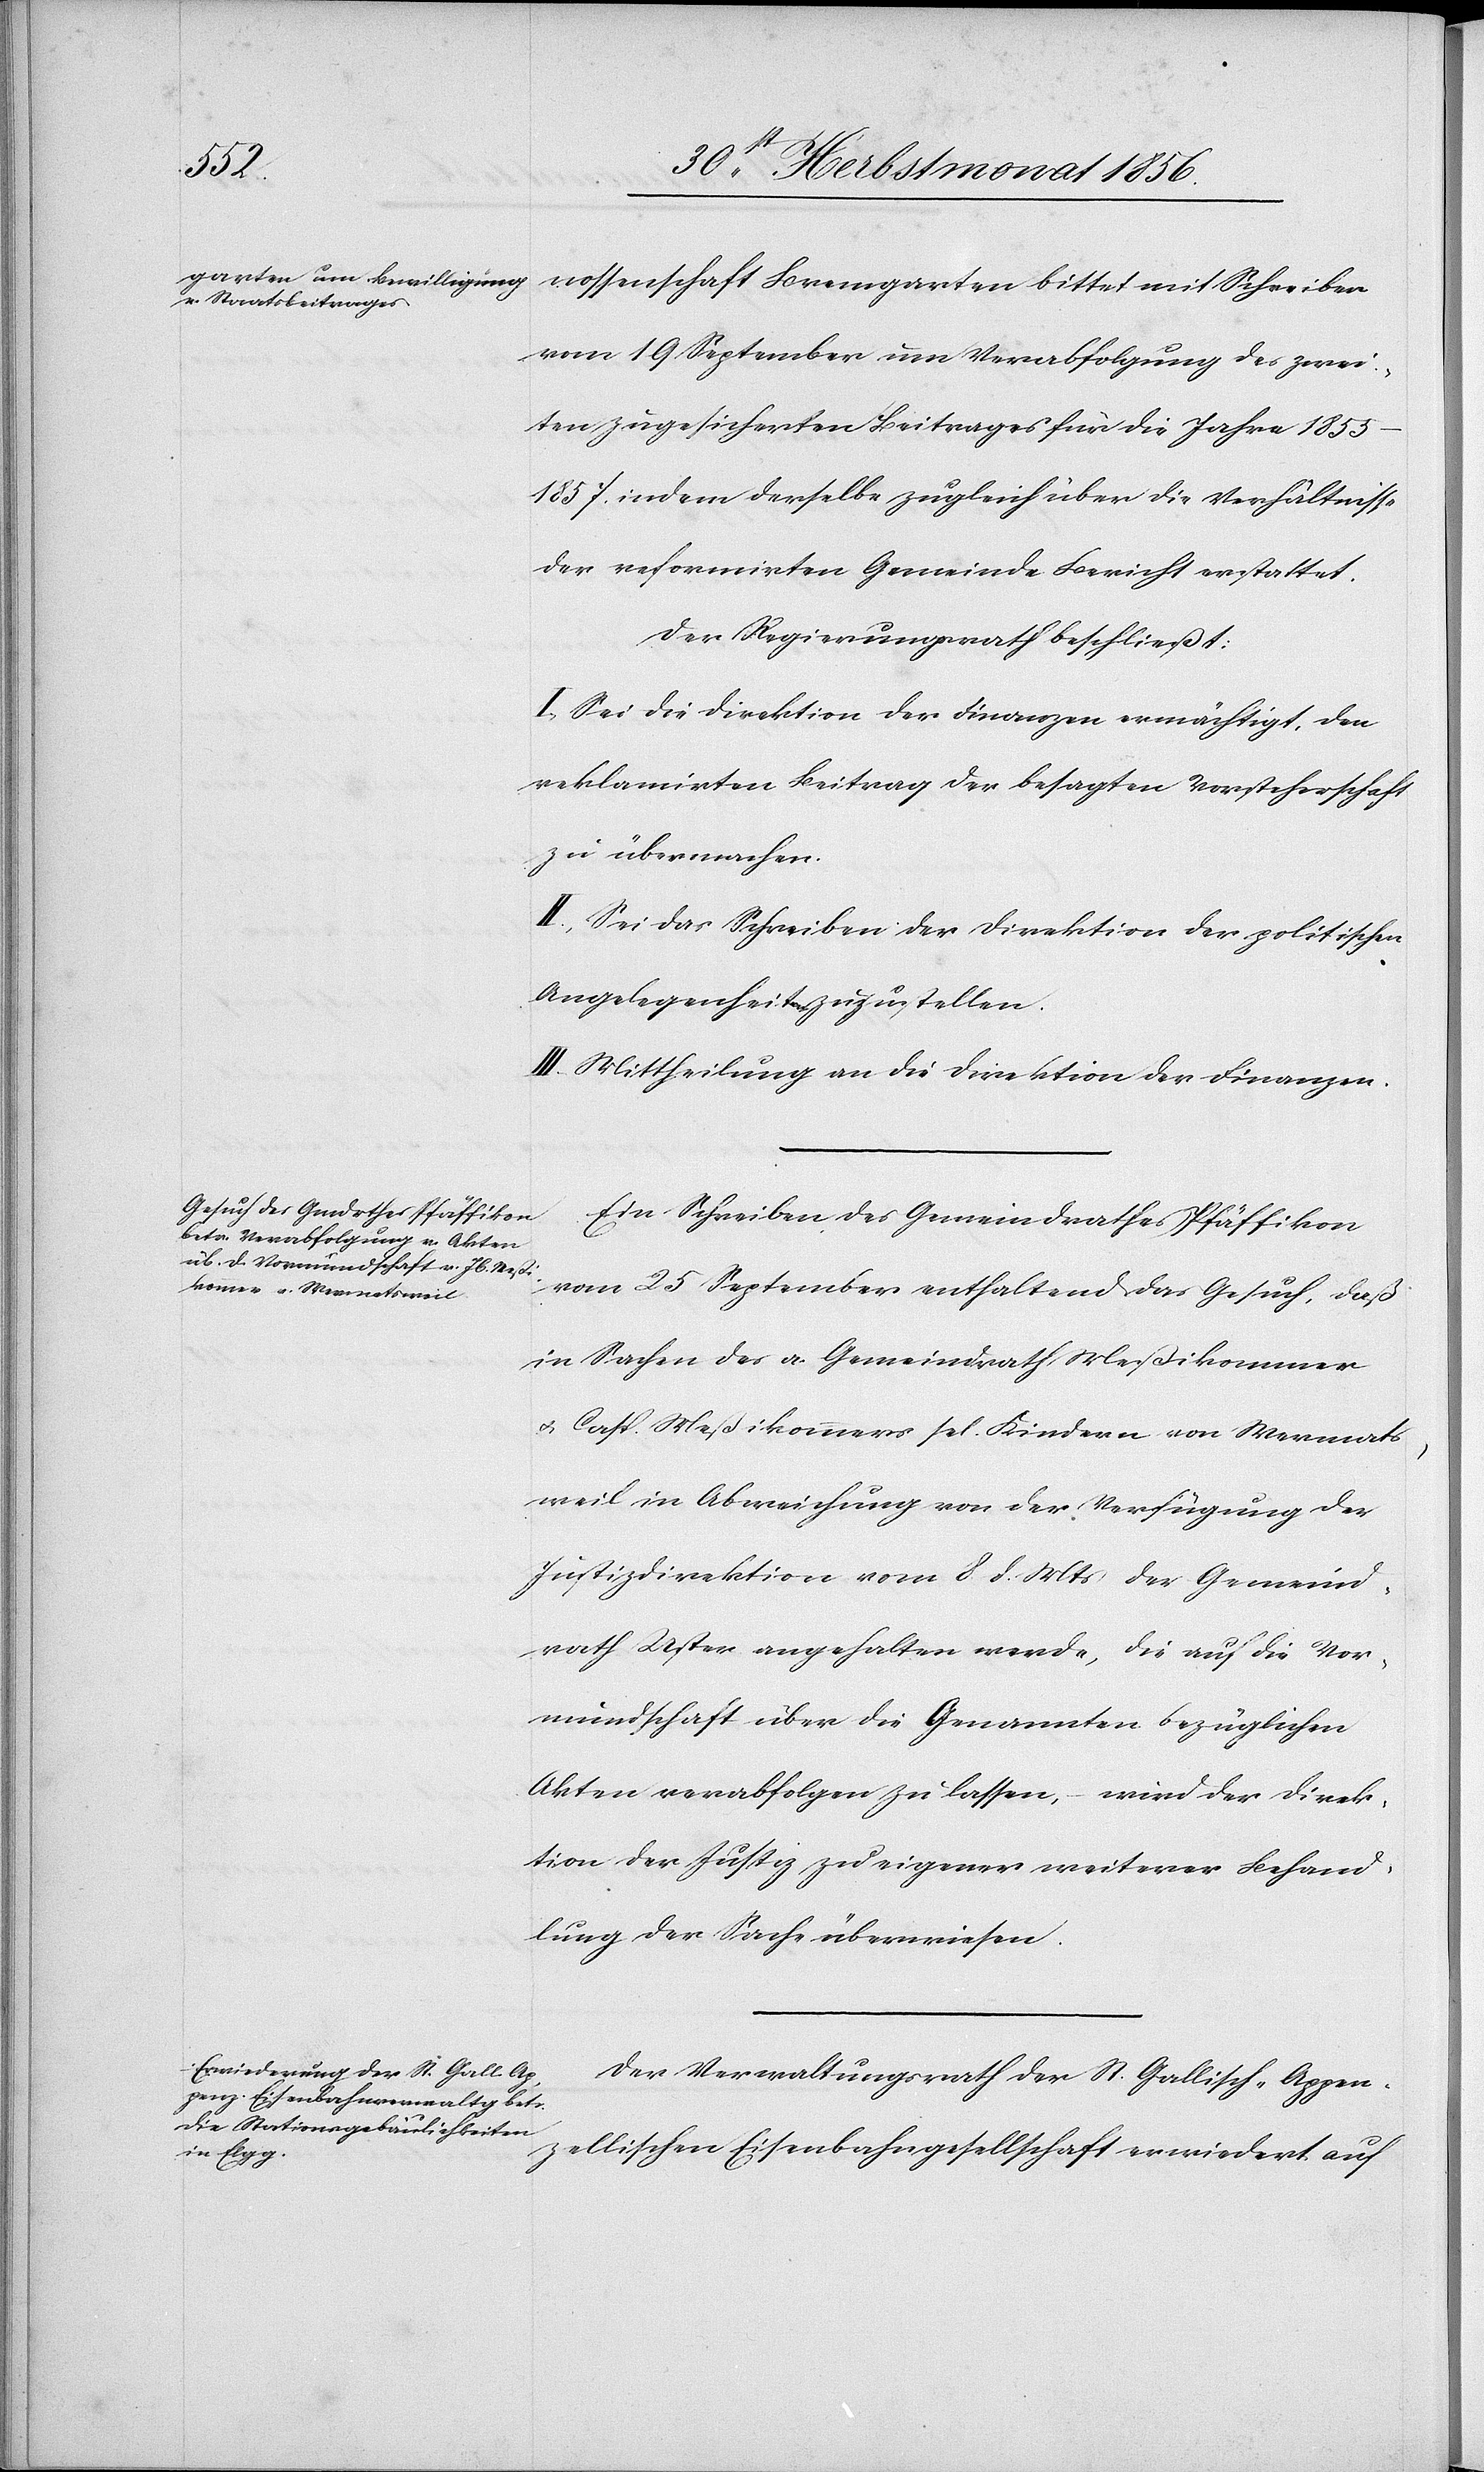
nossenschaft Bremgarten bittet mit Schreiben
vom 19 September um Verabfolgung des zwei¬
ten zugesicherten Beitrages für die Jahre 1855–1857.
indem derselbe zugleich über die Verhältnisse
der reformirten Gemeinde Bericht erstattet.
Der Regierungsrath beschließt:
I.) Sei die Direktion der Finanzen ermächtigt, den
reklamirten Beitrag der besagten Vorsteherschaft
zu übermachen.
II.) Sei das Schreiben der Direktion der politischen
Angelegenheiten zuzustellen.
III.) Mittheilung an die Direktion der Finanzen.
Ein Schreiben des Gemeindrathes Pfäffikon
vom 25 September enthaltend das Gesuch, daß
in Sachen des a. Gemeindrath Meßikommer
u. Casp. Meßikommers sel. Kindern von Wermats¬
weil in Abweichung von der Verfügung der
Justizdirektion vom 8. d. Mts der Gemeind¬
rath Uster angehalten werde, die auf die Vor¬
mundschaft über die Genannten bezüglichen
Akten verabfolgen zu lassen, – wird der Direk¬
tion der Justiz zu eigener weiterer Behand¬
lung der Sache überwiesen.
Der Verwaltungsrath der St. Gallisch-Appen¬
zellischen Eisenbahngesellschaft erwiedert auf